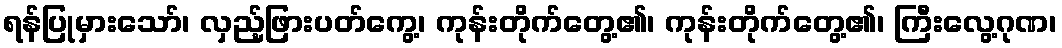
ရန်ပြုမှားသော်၊ လှည့်ဖြားပတ်ကွေ့၊ ကုန်းတိုက်တွေ့၏၊ ကုန်းတိုက်တွေ့၏၊ ကြီးလွေ့ဂုဏ၊